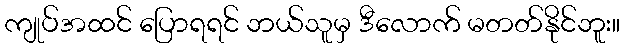
ကျုပ်အထင် ပြောရရင် ဘယ်သူမှ ဒီလောက် မတတ်နိုင်ဘူး။